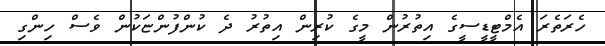
ހެރަތެރަ އެމްޓީޑީސީގެ އިތުރުން މީގެ ކުރިން އިތުރު ދެ ކުންފުންޏަކުން ވެސް ހިންގި